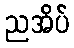
ညအိပ်